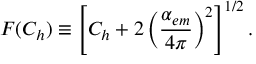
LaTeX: F ( C _ { h } ) \equiv \left[ C _ { h } + 2 \left( \frac { \alpha _ { e m } } { 4 \pi } \right) ^ { 2 } \right] ^ { 1 / 2 } .